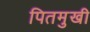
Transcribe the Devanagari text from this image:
पितमुखी